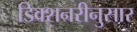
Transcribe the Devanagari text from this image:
डिक्शनरीनुसार